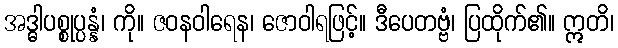
အဒ္ဓါပစ္စုပ္ပန္နံ၊ ကို။ ဇဝနဝါရေန၊ ဇောဝါရဖြင့်။ ဒီပေတဗ္ဗံ၊ ပြထိုက်၏။ ဣတိ၊